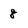
Character: 8